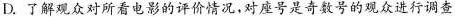
D.了解观众对所看电影的评价情况，对座号是奇数号的观众进行调查